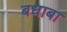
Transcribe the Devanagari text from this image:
बधाबा